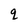
Character: q